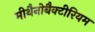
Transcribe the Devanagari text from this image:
मीथैनोबैक्टीरियम